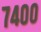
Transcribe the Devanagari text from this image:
७४००